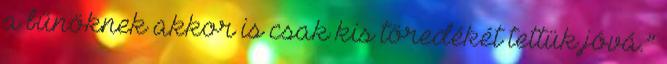
a bűnöknek akkor is csak kis töredékét tettük jóvá.”